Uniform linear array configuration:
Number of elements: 64
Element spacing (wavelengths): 1
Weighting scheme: blackman
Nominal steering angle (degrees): -15
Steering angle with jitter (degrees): -14.945
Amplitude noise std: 0.05
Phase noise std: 0.05

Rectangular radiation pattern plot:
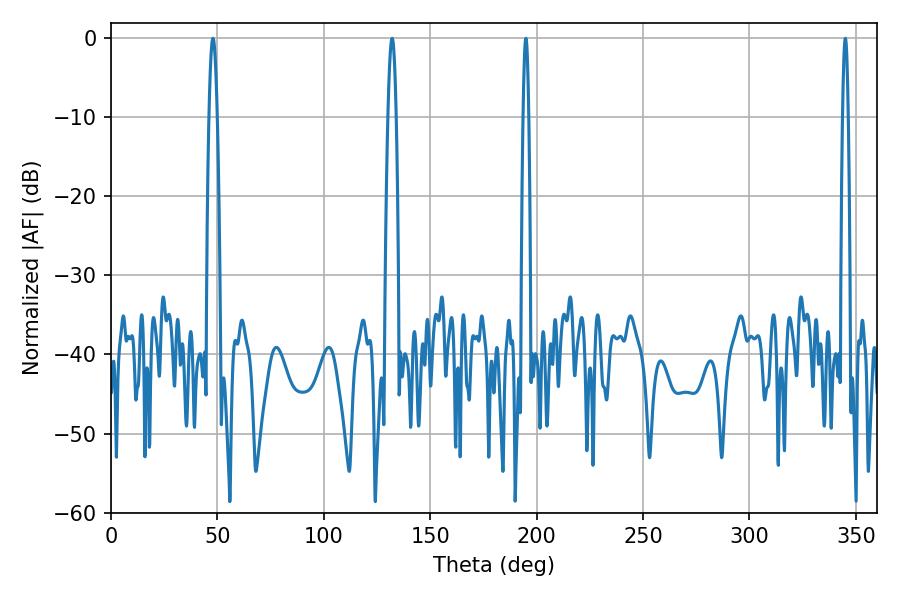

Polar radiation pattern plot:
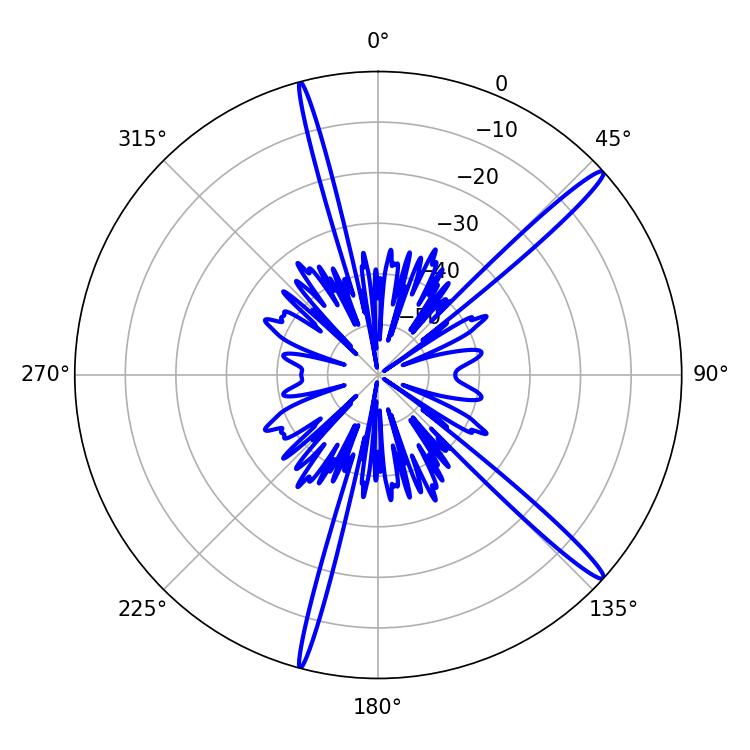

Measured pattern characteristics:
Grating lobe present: TRUE
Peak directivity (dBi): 16.392
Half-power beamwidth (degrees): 1.44
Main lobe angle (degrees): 194.94